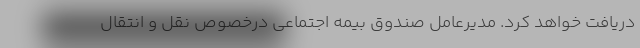
دریافت خواهد کرد. مدیرعامل صندوق بیمه اجتماعی درخصوص نقل و انتقال